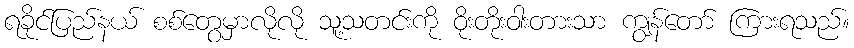
ရခိုင်ပြည်နယ် စစ်တွေမှာလိုလို သူ့သတင်းကို ဝိုးတိုးဝါးတားသာ ကျွန်တော် ကြားရသည်။